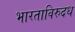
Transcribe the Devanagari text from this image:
भारताविरुदध